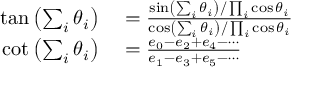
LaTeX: \begin{array} { r l } { \tan \left( \sum _ { i } \theta _ { i } \right) } & { { } = { \frac { \sin \left( \sum _ { i } \theta _ { i } \right) / \prod _ { i } \cos \theta _ { i } } { \cos \left( \sum _ { i } \theta _ { i } \right) / \prod _ { i } \cos \theta _ { i } } } } \\ { \cot \left( \sum _ { i } \theta _ { i } \right) } & { { } = { \frac { e _ { 0 } - e _ { 2 } + e _ { 4 } - \cdots } { e _ { 1 } - e _ { 3 } + e _ { 5 } - \cdots } } } \end{array}